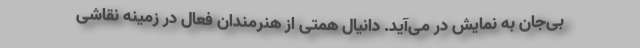
بی‌جان به نمایش در می‌آید. دانیال همتی از هنرمندان فعال در زمینه نقاشی